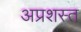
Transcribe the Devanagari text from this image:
अप्रशस्त